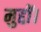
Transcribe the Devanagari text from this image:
मुद्दों।